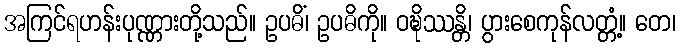
အကြင်ရဟန်းပုဏ္ဏားတို့သည်။ ဥပဓိံ၊ ဥပဓိကို။ ဝဍ္ဎိဿန္တိ၊ ပွားစေကုန်လတ္တံ့။ တေ၊